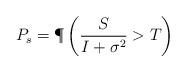
LaTeX: \begin{align*}P_s = \P \left(\frac{S}{I+\sigma^2} >T \right) \end{align*}